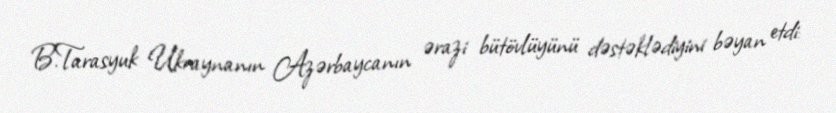
B.Tarasyuk Ukraynanın Azərbaycanın ərazi bütövlüyünü dəstəklədiyini bəyan etdi: